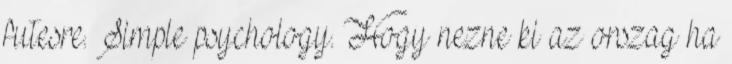
futesre. Simple psychology. Hogy nezne ki az orszag ha